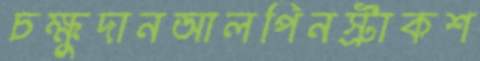
চক্ষুদানআলপিনস্ট্রাকশ